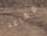
مقاعد